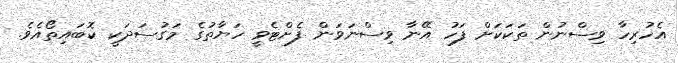
އެހުރިހާ ވިސްނުން ތަކަކަށް ފަހު އޭނާ ވިސްނަވަން ފެށްޓެވީ ހަޔާތުގެ މަގުސަދަކީ ކޮބައިތޯއެވެ.